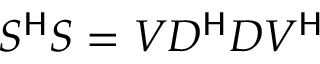
S ^ { \mathsf { H } } S = V D ^ { \mathsf { H } } D V ^ { \mathsf { H } }